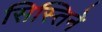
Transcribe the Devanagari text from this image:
सिस्तिने